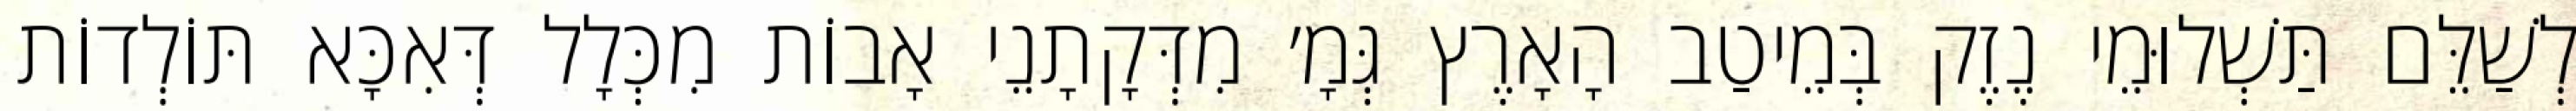
לְשַׁלֵּם תַּשְׁלוּמֵי נֶזֶק בְּמֵיטַב הָאָרֶץ גְּמָ׳ מִדְּקָתָנֵי אָבוֹת מִכְּלָל דְּאִכָּא תּוֹלְדוֹת